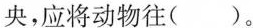
央，应将动物往()。